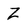
Character: Z